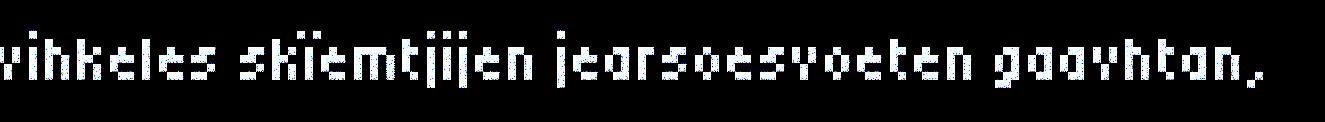
vihkeles skïemtjijen jearsoesvoeten gaavhtan,